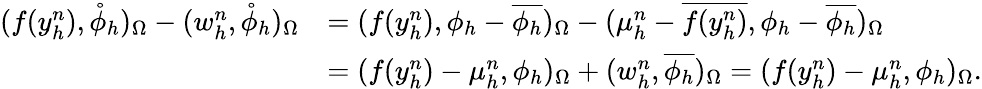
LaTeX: \begin{array}{rl}{(f(y_{h}^{n}),\mathring{\phi}_{h})_{\Omega}-(w_{h}^{n},\mathring{\phi}_{h})_{\Omega}}&{=(f(y_{h}^{n}),\phi_{h}-\overline{{\phi_{h}}})_{\Omega}-(\mu_{h}^{n}-\overline{{f(y_{h}^{n})}},\phi_{h}-\overline{{\phi_{h}}})_{\Omega}}\\ &{=(f(y_{h}^{n})-\mu_{h}^{n},\phi_{h})_{\Omega}+(w_{h}^{n},\overline{{\phi_{h}}})_{\Omega}=(f(y_{h}^{n})-\mu_{h}^{n},\phi_{h})_{\Omega}.}\end{array}